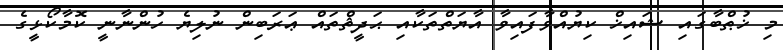
މި ޚުޠްބާގައި ޝައިޚް ކިޔުއްވާފައިވާ އާޔަތްތަކާއި ޙަދީޘްތައް ޢަރަބިން ނުލިޔެ ހުންނާނީ ކޮމާކޯޅީގެ